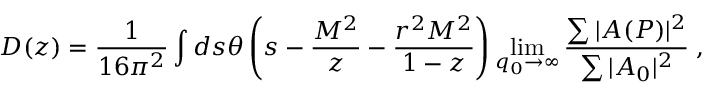
D ( z ) = \frac { 1 } { 1 6 \pi ^ { 2 } } \int d s \theta \left( s - \frac { M ^ { 2 } } { z } - \frac { r ^ { 2 } M ^ { 2 } } { 1 - z } \right) \operatorname * { l i m } _ { q _ { 0 } \to \infty } \frac { \sum \vert A ( P ) \vert ^ { 2 } } { \sum \vert A _ { 0 } \vert ^ { 2 } } \; ,